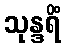
သုန္ဒရိံ